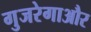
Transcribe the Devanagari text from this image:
गुजरेगाऔर